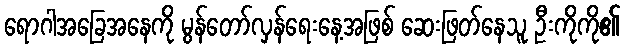
ရောဂါအခြေအနေကို မွန်တော်လှန်ရေးနေ့အဖြစ် ဆေးဖြတ်နေသူ ဦးကိုကို၏